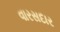
વારસદાર